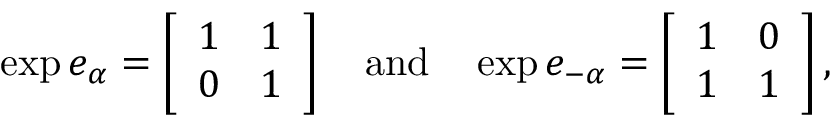
\exp e _ { \alpha } = \left[ \begin{array} { c c } { { 1 } } & { { 1 } } \\ { { 0 } } & { { 1 } } \end{array} \right] ~ ~ ~ \mathrm { a n d } ~ ~ ~ \exp e _ { - \alpha } = \left[ \begin{array} { c c } { { 1 } } & { { 0 } } \\ { { 1 } } & { { 1 } } \end{array} \right] ,